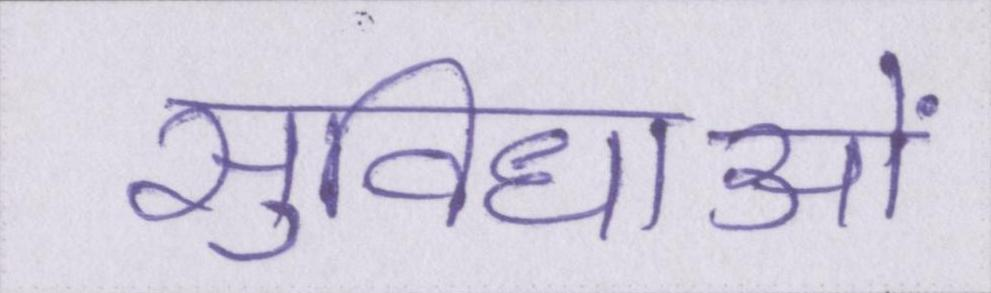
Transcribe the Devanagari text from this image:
सुविधाओं